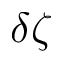
\delta \zeta